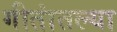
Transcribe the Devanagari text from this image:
गीतांतल्या